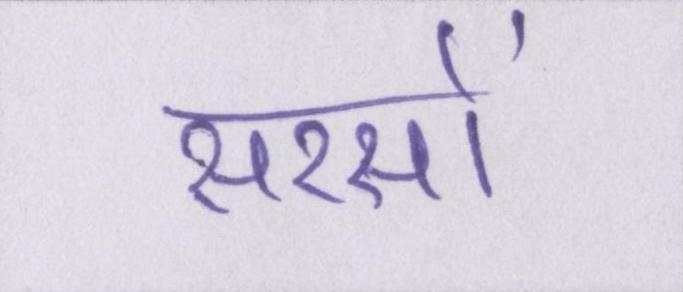
सरसों